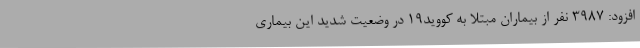
افزود: 3987 نفر از بیماران مبتلا به کووید19 در وضعیت شدید این بیماری